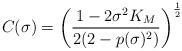
LaTeX: \begin{align*}C(\sigma)=\left(\frac{1-2\sigma^2K_M}{2(2-p(\sigma)^2)}\right)^{\frac{1}{2}}\end{align*}